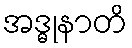
အဒ္ဓုနာတိ